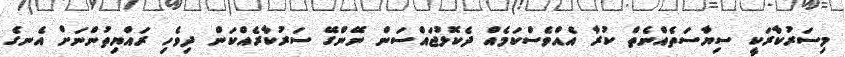
މިސަރުކާރަކީ ސިޔާސަތެއްނެތް ކުރާ އެއްވެސްކަމެއް ދެކޮޅުޖައްސަން ނޭންގޭ ސަރުކާރެއްކަން ދިވެހި ރައްޔިތުންނަށް އެނގެ